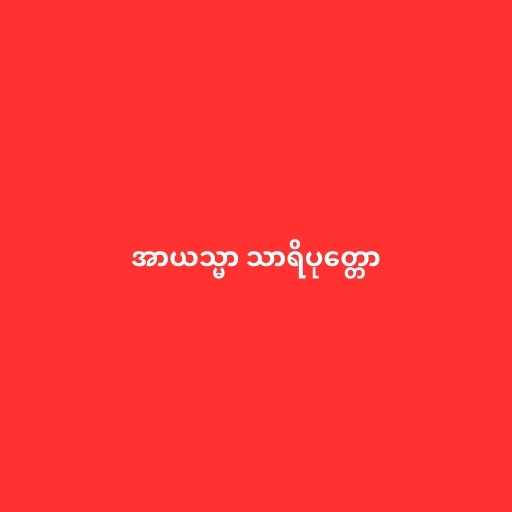
အာယသ္မာ သာရိပုတ္တော